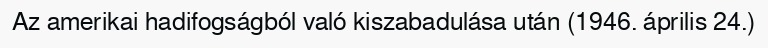
Az amerikai hadifogságból való kiszabadulása után (1946. április 24.)